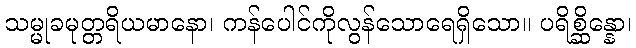
သမ္မုခမုတ္တရိယမာနော၊ ကန်ပေါင်ကိုလွန်သောရေရှိသော။ ပရိစ္ဆိန္နော၊